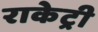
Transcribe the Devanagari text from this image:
राकेट्री